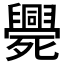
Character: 𣩺